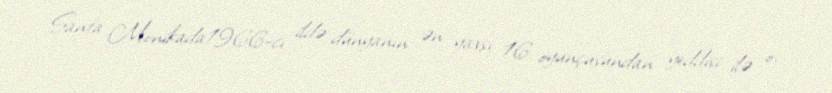
Santa Monikada1966-cı ildə dünyanın ən yaxşı 16 oyunçusundan yeddisi ilə o,